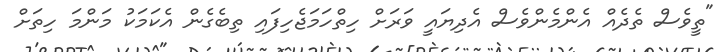
"ތީވެސް ތެދެއް އެންމެންވެސް އެދިޔައީ ވަރަށް ހިތްހަމަޖެހިފައި ތިބެގެން އެކަމަކު މަންމަ ހިތަށް